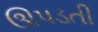
ઊપડતી